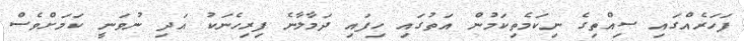
ފަހަރެއްގައި ސިއްތިގެ ނިކަމެތިކަމުން އަތުގައި ހިފައި ދަމާލާނެ ފިރިހެނަކު އަދި ނުވަނީ ކަމަށްވެސް